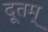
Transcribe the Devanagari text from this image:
दूतम्‌